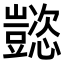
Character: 𬤹